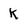
Character: K